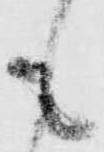
も